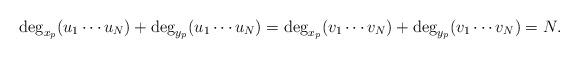
LaTeX: \begin{align*}\deg_{x_p}(u_1\cdots u_N)+\deg_{y_p}(u_1\cdots u_N)=\deg_{x_p}(v_1\cdots v_N)+\deg_{y_p}(v_1\cdots v_N)=N.\end{align*}